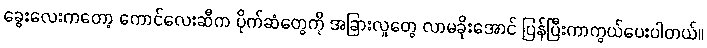
ခွေးလေးကတော့ ကောင်လေးဆီက ပိုက်ဆံတွေကို အခြားလူတွေ လာမခိုးအောင် ပြန်ပြီးကာကွယ်ပေးပါတယ်။